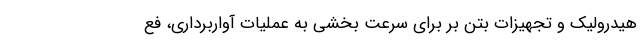
هیدرولیک و تجهیزات بتن بر برای سرعت بخشی به عملیات آواربرداری، فع